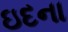
ઇદના